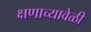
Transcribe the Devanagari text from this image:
क्षणाच्यावेळी